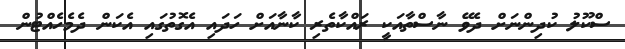
ސްކޫލު ކުދިންނަށް ދެވޭ ނާސްތާއަކީ ރައްކާތެރި ކާނާއަށް ހަދައި އެގޮތުގައި އެކަން ދެމެހެއްޓުން